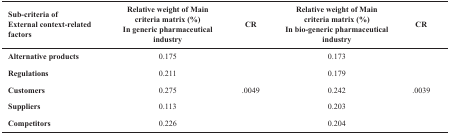
<table><thead><tr><td><b>Sub-criteriaofExternal context-related factors</b></td><td><b>Relative weight of Main criteria matrix (%)Ingenericpharmaceutical industry</b></td><td><b>CR</b></td><td><b>Relative weight of Main criteria matrix (%)Inbio-genericpharmaceutical industry</b></td><td><b>CR</b></td></tr></thead><tbody><tr><td>Alternative products</td><td>0.175</td><td rowspan="5">.0049</td><td>0.173</td><td rowspan="5">.0039</td></tr><tr><td>Regulations </td><td>0.211</td><td>0.179</td></tr><tr><td>Customers </td><td>0.275</td><td>0.242</td></tr><tr><td>Suppliers </td><td>0.113</td><td>0.203</td></tr><tr><td>Competitors</td><td>0.226</td><td>0.204</td></tr></tbody></table>